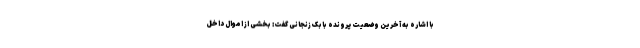
با اشاره به آخرین وضعیت پرونده بابک زنجانی گفت: بخشی از اموال داخل